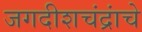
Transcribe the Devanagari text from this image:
जगदीशचंद्रांचे